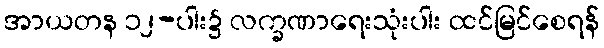
အာယတန ၁၂-ပါး၌ လက္ခဏာရေးသုံးပါး ထင်မြင်စေရန်